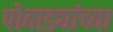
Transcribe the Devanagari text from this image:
पोवाड्यांच्या